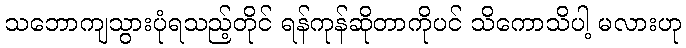
သဘောကျသွားပုံရသည့်တိုင် ရန်ကုန်ဆိုတာကိုပင် သိကောသိပါ့ မလားဟု